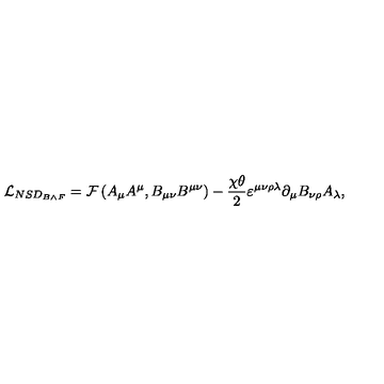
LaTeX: \mathcal { L } _ { N S D _ { B \wedge F } } = \mathcal { F } \left( A _ { \mu } A ^ { \mu } , B _ { \mu \nu } B ^ { \mu \nu } \right) - \frac { \chi \theta } { 2 } \varepsilon ^ { \mu \nu \rho \lambda } \partial _ { \mu } B _ { \nu \rho } A _ { \lambda } ,